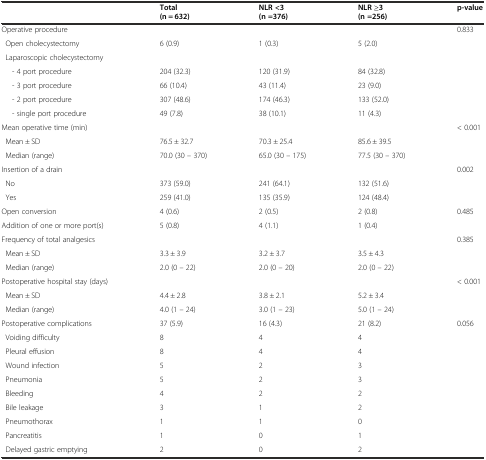
<table><thead><tr><td></td><td><b>Total</b></td><td><b>NLR &lt;3</b></td><td><b>NLR ≥3</b></td><td><b>p-value</b></td></tr><tr><td></td><td><b>(n = 632)</b></td><td><b>(n =376)</b></td><td><b>(n =256)</b></td><td></td></tr></thead><tbody><tr><td>Operative procedure</td><td></td><td></td><td></td><td>0.833</td></tr><tr><td> Open cholecystectomy</td><td>6 (0.9)</td><td>1 (0.3)</td><td>5 (2.0)</td><td rowspan="6"></td></tr><tr><td> Laparoscopic cholecystectomy</td><td></td><td></td><td></td></tr><tr><td>- 4 port procedure</td><td>204 (32.3)</td><td>120 (31.9)</td><td>84 (32.8)</td></tr><tr><td>- 3 port procedure</td><td>66 (10.4)</td><td>43 (11.4)</td><td>23 (9.0)</td></tr><tr><td>- 2 port procedure</td><td>307 (48.6)</td><td>174 (46.3)</td><td>133 (52.0)</td></tr><tr><td>- single port procedure</td><td>49 (7.8)</td><td>38 (10.1)</td><td>11 (4.3)</td></tr><tr><td>Mean operative time (min)</td><td></td><td></td><td></td><td>&lt; 0.001</td></tr><tr><td> Mean ± SD</td><td>76.5 ± 32.7</td><td>70.3 ± 25.4</td><td>85.6 ± 39.5</td><td rowspan="2"></td></tr><tr><td> Median (range)</td><td>70.0 (30 – 370)</td><td>65.0 (30 – 175)</td><td>77.5 (30 – 370)</td></tr><tr><td>Insertion of a drain</td><td></td><td></td><td></td><td>0.002</td></tr><tr><td> No</td><td>373 (59.0)</td><td>241 (64.1)</td><td>132 (51.6)</td><td></td></tr><tr><td> Yes</td><td>259 (41.0)</td><td>135 (35.9)</td><td>124 (48.4)</td><td></td></tr><tr><td>Open conversion</td><td>4 (0.6)</td><td>2 (0.5)</td><td>2 (0.8)</td><td>0.485</td></tr><tr><td>Addition of one or more port(s)</td><td>5 (0.8)</td><td>4 (1.1)</td><td>1 (0.4)</td><td></td></tr><tr><td>Frequency of total analgesics</td><td></td><td></td><td></td><td>0.385</td></tr><tr><td> Mean ± SD</td><td>3.3 ± 3.9</td><td>3.2 ± 3.7</td><td>3.5 ± 4.3</td><td rowspan="2"></td></tr><tr><td> Median (range)</td><td>2.0 (0 – 22)</td><td>2.0 (0 – 20)</td><td>2.0 (0 – 22)</td></tr><tr><td>Postoperative hospital stay (days)</td><td></td><td></td><td></td><td>&lt; 0.001</td></tr><tr><td> Mean ± SD</td><td>4.4 ± 2.8</td><td>3.8 ± 2.1</td><td>5.2 ± 3.4</td><td rowspan="2"></td></tr><tr><td> Median (range)</td><td>4.0 (1 – 24)</td><td>3.0 (1 – 23)</td><td>5.0 (1 – 24)</td></tr><tr><td>Postoperative complications</td><td>37 (5.9)</td><td>16 (4.3)</td><td>21 (8.2)</td><td>0.056</td></tr><tr><td> Voiding difficulty</td><td>8</td><td>4</td><td>4</td><td rowspan="8"></td></tr><tr><td> Pleural effusion</td><td>8</td><td>4</td><td>4</td></tr><tr><td> Wound infection</td><td>5</td><td>2</td><td>3</td></tr><tr><td> Pneumonia</td><td>5</td><td>2</td><td>3</td></tr><tr><td> Bleeding</td><td>4</td><td>2</td><td>2</td></tr><tr><td> Bile leakage</td><td>3</td><td>1</td><td>2</td></tr><tr><td> Pneumothorax</td><td>1</td><td>1</td><td>0</td></tr><tr><td> Pancreatitis</td><td>1</td><td>0</td><td>1</td></tr><tr><td> Delayed gastric emptying</td><td>2</td><td>0</td><td>2</td><td></td></tr></tbody></table>